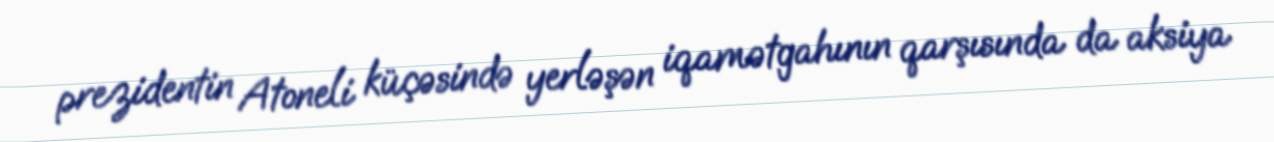
prezidentin Atoneli küçəsində yerləşən iqamətgahının qarşısında da aksiya